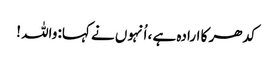
کدھر کا ارادہ ہے ، اُنہوں نے کہا: واللہ !